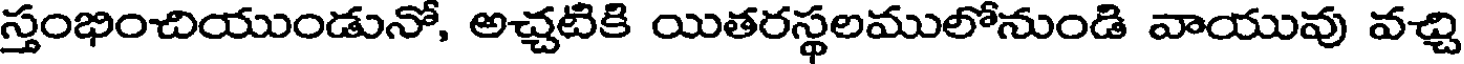
స్తంభించియుండునో, అచ్చటికి యితరస్థలములోనుండి వాయువు వచ్చి